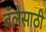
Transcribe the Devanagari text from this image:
बॅलेसाठी